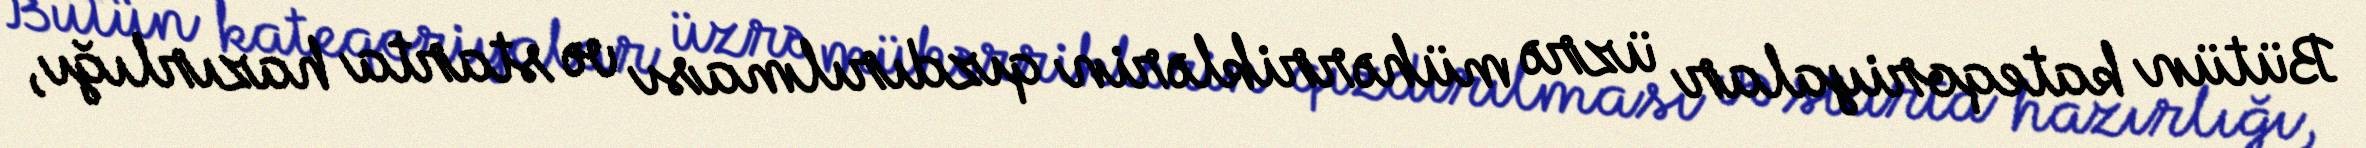
Bütün kateqoriyalar üzrə mühərriklərin qızdırılması və starta hazırlığı,